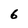
Character: 6